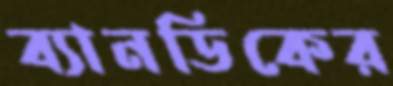
ব্যানডিকের